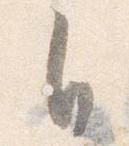
自